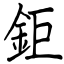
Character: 鉅